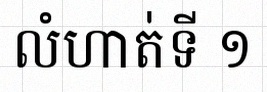
លំហាត់ទី ១